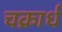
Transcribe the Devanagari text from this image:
चक्रार्ध